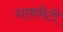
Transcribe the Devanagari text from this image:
गावभेटी